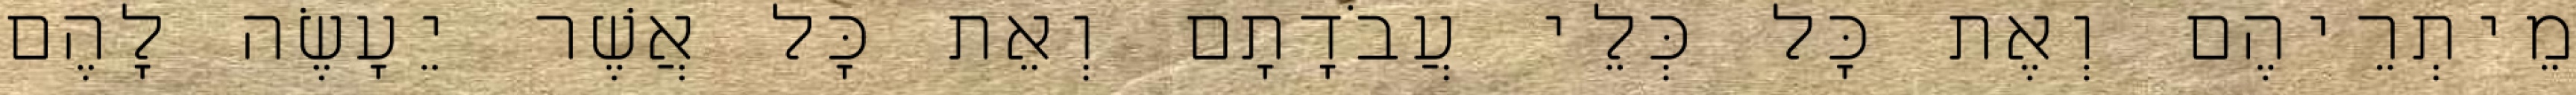
מֵיתְרֵיהֶם וְאֶת כָּל כְּלֵי עֲבֹדָתָם וְאֵת כָּל אֲשֶׁר יֵעָשֶׂה לָהֶם